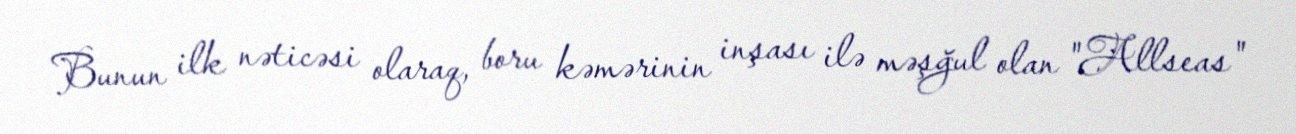
Bunun ilk nəticəsi olaraq, boru kəmərinin inşası ilə məşğul olan "Allseas"